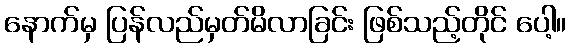
နောက်မှ ပြန်လည်မှတ်မိလာခြင်း ဖြစ်သည့်တိုင် ပေါ့။